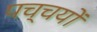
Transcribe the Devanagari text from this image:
पच्चयों